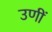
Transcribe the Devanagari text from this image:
उणीं